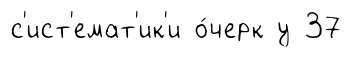
с'ист'емат'ик'и о́черк у 37